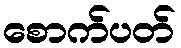
စောက်ပတ်